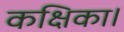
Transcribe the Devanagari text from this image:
कक्षिका।